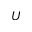
U